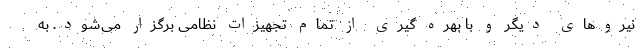
نیروهای دیگر و با بهره گیری از تمام تجهیزات نظامی برگزار می‌شود. به